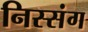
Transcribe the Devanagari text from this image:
निस्संग